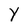
Character: Y